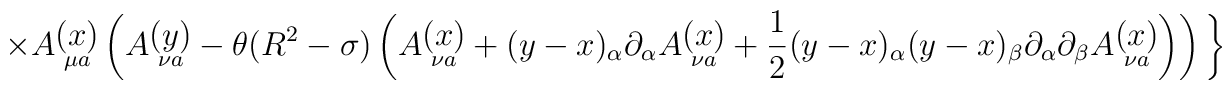
\times A\raisebox{-4pt}{$\stackrel{\displaystyle{(x)}} 	{\scriptstyle{\mu a}}$}\left( 	A\raisebox{-4pt}{$\stackrel{\displaystyle{(y)}}{\scriptstyle{\nu a}}$} 	-\theta(R^2-\sigma)\left( 	A\raisebox{-4pt}{$\stackrel{\displaystyle{(x)}}{\scriptstyle{\nu a}}$}+ 	(y-x)_\alpha\partial_\alpha 	A\raisebox{-4pt}{$\stackrel{\displaystyle{(x)}}{\scriptstyle{\nu a}}$}+ 	\frac{1}{2}(y-x)_\alpha(y-x)_\beta\partial_\alpha\partial_\beta 	A\raisebox{-4pt}{$\stackrel{\displaystyle{(x)}}{\scriptstyle{\nu a}}$} 	\right)\right)\bigg\}